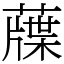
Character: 䕈